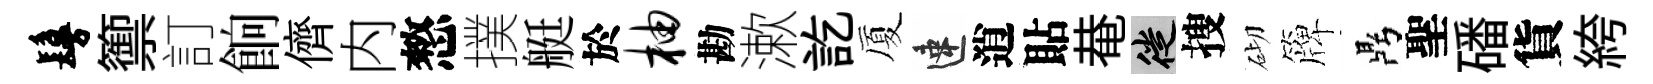
鬘籞訂餉儕内憗撲艇於柚勘漱訖厦速逍貼𤲅徙搜砌簰鼎聖磻貨絝